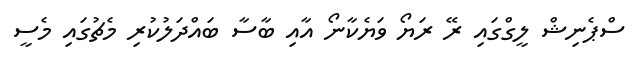
ސްޕެނިޝް ލީގްގައި ރޭ ރަޔޯ ވަޔެކާނޯ އާއި ބާސާ ބައްދަލުކުރި މެޗުގައި މެސީ